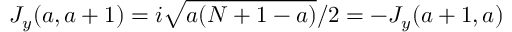
J _ { y } ( a , a + 1 ) = i \sqrt { a ( N + 1 - a ) } / 2 = - J _ { y } ( a + 1 , a )